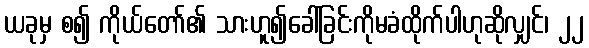
ယခုမှ စ၍ ကိုယ်တော်၏ သားဟူ၍ခေါ်ခြင်းကိုမခံထိုက်ပါဟုဆိုလျှင်၊ ၂၂